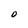
Character: O